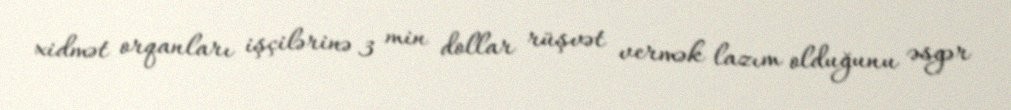
xidmət orqanları işçilərinə 3 min dollar rüşvət vermək lazım olduğunu əsgər